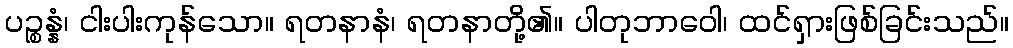
ပဉ္စန္နံ၊ ငါးပါးကုန်သော။ ရတနာနံ၊ ရတနာတို့၏။ ပါတုဘာဝေါ၊ ထင်ရှားဖြစ်ခြင်းသည်။